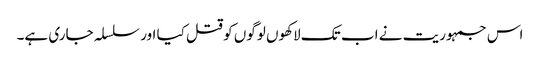
اس جمہوریت نے اب تک لاکھوں لوگوں کو قتل کیا اور سلسلہ جاری ہے۔